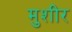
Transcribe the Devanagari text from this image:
मुशीर